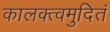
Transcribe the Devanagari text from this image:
कालक्त्वमुदितं